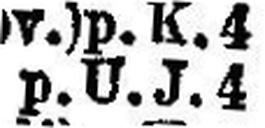
p. U. J. 4